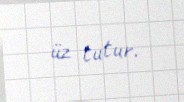
üz tutur.